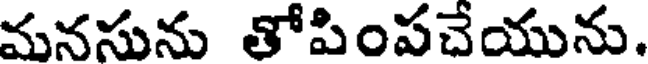
మనసును తోపింపచేయును.